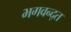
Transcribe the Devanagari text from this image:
भगवन्द्त